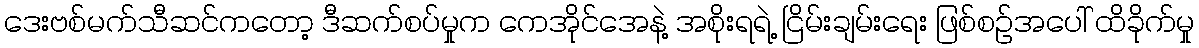
ဒေးဗစ်မက်သီဆင်ကတော့ ဒီဆက်စပ်မှုက ကေအိုင်အေနဲ့ အစိုးရရဲ့ ငြိမ်းချမ်းရေး ဖြစ်စဉ်အပေါ် ထိခိုက်မှု